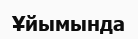
Ұйымында